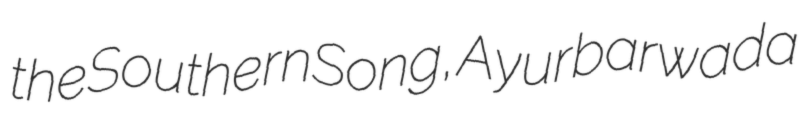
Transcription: the Southern Song, Ayurbarwada